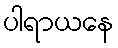
ပါရာယနေ